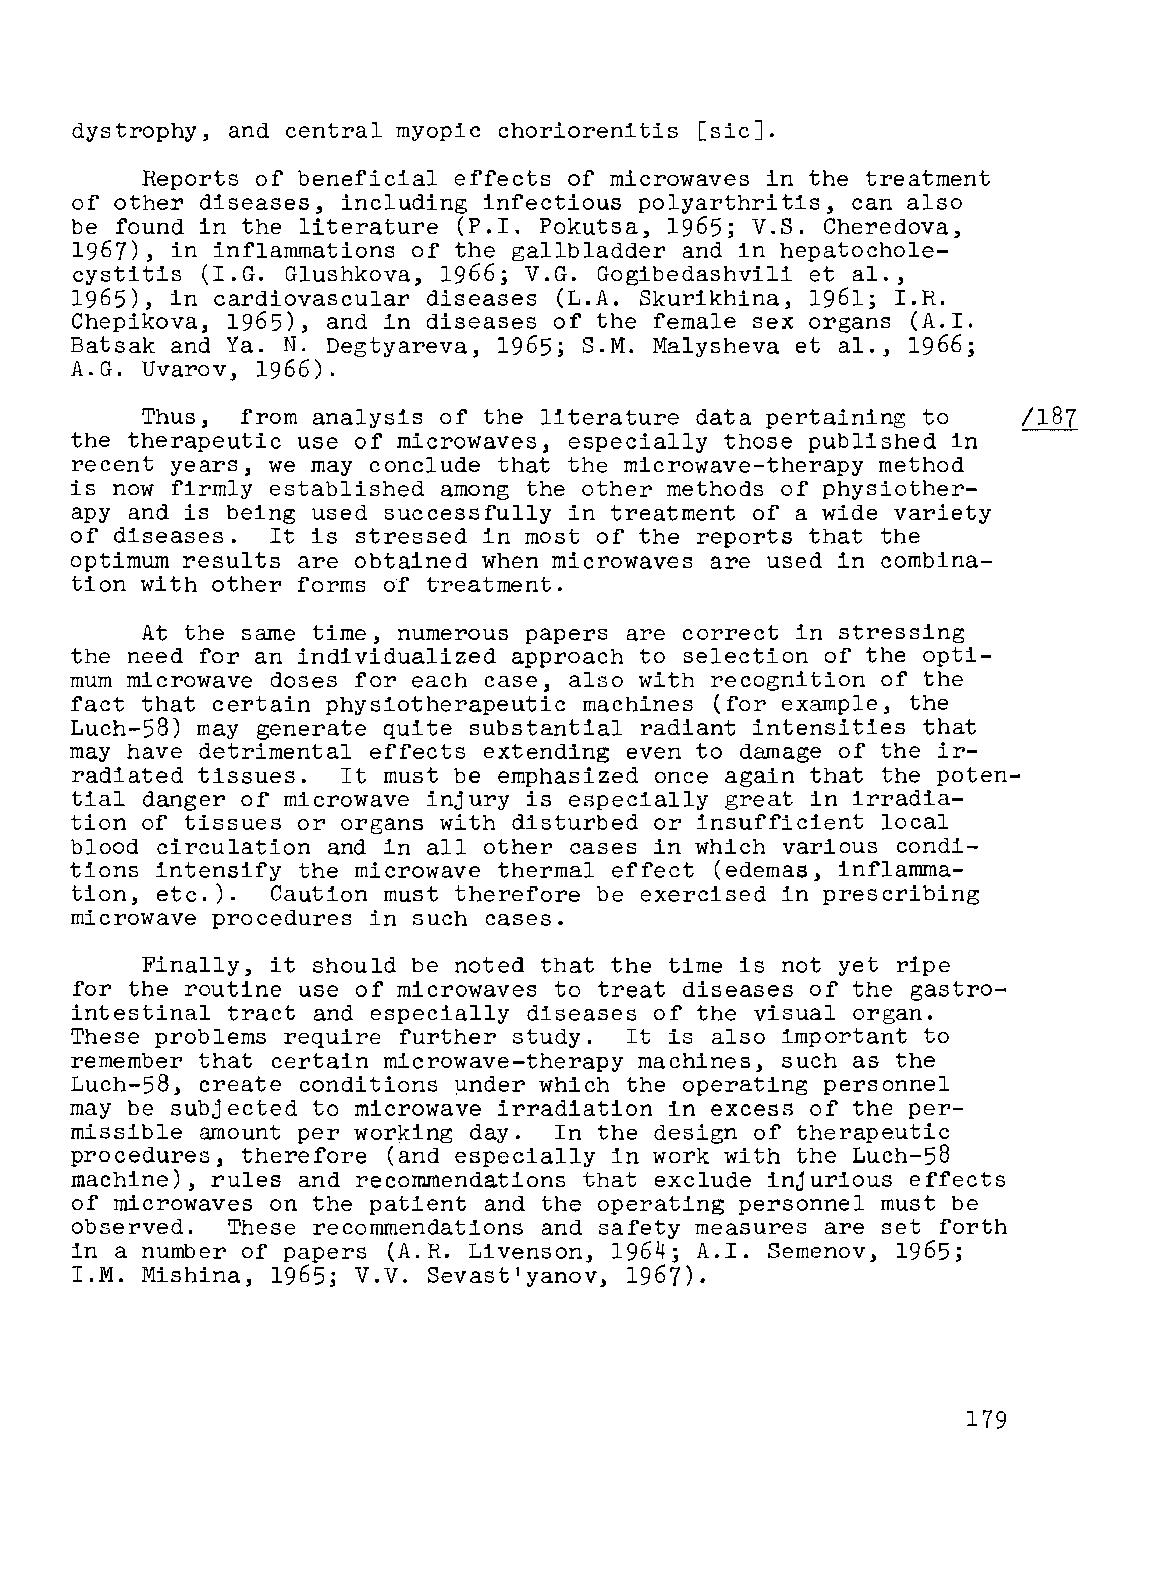
dystrophy, and central myopic choriorenitis [sicJ.
 Reports of beneficial effects of microwaves in the treatment
 of other diseases, including infectious polyarthritis, can also
 be found in the literature (P.I. Pokutsa, 1965; V.S. Cheredova,
 1967), in inflammations of the gallbladder and in hepatochole
 cystitis (I.G. Glushkova, 1966; V.G. Gogibedashvili et al.,
 1965), in cardiovascular diseases (L.A. Skurikhina, 1961; I.R.
 Chepikova, 1965), and in diseases of the female sex organs (A.I.
 Batsak and Ya. N. Degtyareva, 1965; S.M. Malysheva et al., 1966;
 A.G. Uvarov, 1966).
 Thus,  from analysis of the literature data pertaining to  /187
 the therapeutic use of microwaves, especially those published in
 recent years, we may conclude that the microwave-therapy method
 is now firmly established among the other methods of physiother-
 apy and is being used successfully in treatment of a wide variety
 of diseases. It is stressed in most of the reports that the
 optimum results are obtained when microwaves are used in combina-
 tion with other forms of t'reatment.
 At the same time, numerous papers are correct in stressing
 the need for an individualized approach to selection of the opti
 mum microwave doses for each case, also with recognition of the
 fact that certain physiotherapeutic machines (for example, the
 Luch-58) may generate quite substantial radiant intensities that
 may have detrimental effects extending even to damage of the ir
 radiated tissues. It must be emphasized once again that the poten
 tial danger of microwave injury is especially great in irradia
 tion of tissues or organs with disturbed or insufficient local
 blood circulation and in all other cases in which various condi
 tions intensify the microwave thermal effect (edemas, inflamma
 tion, etc.). Caution must therefore be exercised in prescribing
 microwave procedures in such cases.
 Finally, it should be noted that the time is not yet ripe
 for the routine use of microwaves to treat diseases of the gastro
 intestinal tract and especially diseases of the visual organ.
 These problems require further study. It is also important to
 remember that certain microwave-therapy machines, such as the
 Luch-58, create conditions under which the operating personnel
 may be subjected to microwave irradiation in excess of the per
 missible amount per       day.  In the design of therapeutic
 wor~ing
 procedures, therefore (and especially in work with the Luch-58
 machine), rules and recommendations that exclude injurious effects
 of microwaves on the patient and the operating personnel must be
 observed. These recommendations and safety measures are set forth
 in a number of papers (A.R. Livenson, 1964; A.I. Semenov, 1965;
 I.M. Mishina, 1965; V.V. Sevast'yanov, 1967).
 179